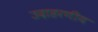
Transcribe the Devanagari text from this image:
उदाहरणीय